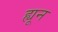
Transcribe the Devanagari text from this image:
ह्यून